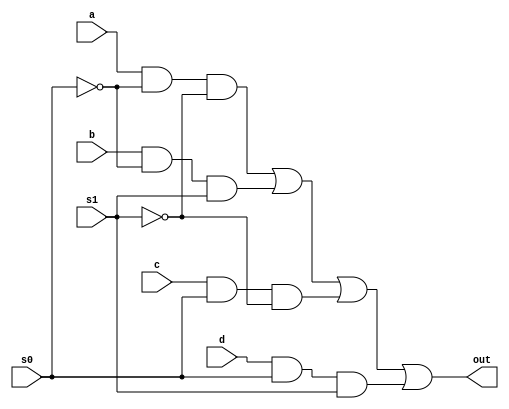
module mux4_1(out, a, b, c, d, s0, s1);

output out;
input a, b, c, d, s0, s1;
wire sobar, s1bar, T1, T2, T3, T4;

not (s0bar, s0), (s1bar, s1);
and (T1, a, s0bar, s1bar), (T2, b, s0bar, s1),(T3, c, s0, s1bar), (T4, d, s0, s1);
or(out, T1, T2, T3, T4);

endmodule